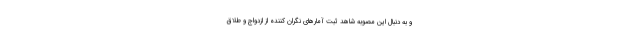
و به دنبال این مصوبه شاهد ثبت آمارهای نگران کننده از ازدواج‌ و طلاق